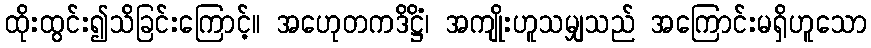
ထိုးထွင်း၍သိခြင်းကြောင့်။ အဟေုတကဒိဋ္ဌိံ၊ အကျိုးဟူသမျှသည် အကြောင်းမရှိဟူသော